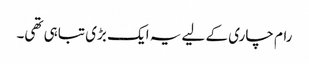
رام چاری کے لیے یہ ایک بڑی تباہی تھی۔